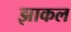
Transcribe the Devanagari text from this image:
झाकल